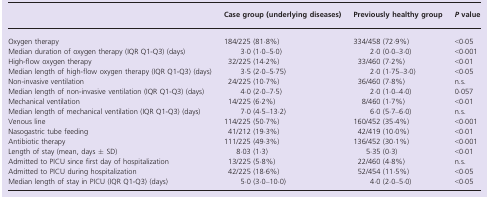
<table><thead><tr><td></td><td><b>Case group (underlying diseases)</b></td><td><b>Previously healthy group</b></td><td><b><i>P</i> value</b></td></tr></thead><tbody><tr><td>Oxygen therapy</td><td>184/225 (81·8%)</td><td>334/458 (72·9%)</td><td>&lt;0·05</td></tr><tr><td>Median duration of oxygen therapy (IQR Q1-Q3) (days)</td><td>3·0 (1·0–5·0)</td><td>2·0 (0·0–3·0)</td><td>&lt;0·001</td></tr><tr><td>High-flow oxygen therapy</td><td>32/225 (14·2%)</td><td>33/460 (7·2%)</td><td>&lt;0·01</td></tr><tr><td>Median length of high-flow oxygen therapy (IQR Q1-Q3) (days)</td><td>3·5 (2·0–5·75)</td><td>2·0 (1·75–3·0)</td><td>&lt;0·05</td></tr><tr><td>Non-invasive ventilation</td><td>24/225 (10·7%)</td><td>36/460 (7·8%)</td><td>n.s.</td></tr><tr><td>Median length of non-invasive ventilation (IQR Q1-Q3) (days)</td><td>4·0 (2·0–7·5)</td><td>2·0 (1·0–4·0)</td><td>0·057</td></tr><tr><td>Mechanical ventilation</td><td>14/225 (6·2%)</td><td>8/460 (1·7%)</td><td>&lt;0·01</td></tr><tr><td>Median length of mechanical ventilation (IQR Q1-Q3) (days)</td><td>7·0 (4·5–13·2)</td><td>6·0 (5·7–6·0)</td><td>n.s.</td></tr><tr><td>Venous line</td><td>114/225 (50·7%)</td><td>160/452 (35·4%)</td><td>&lt;0·001</td></tr><tr><td>Nasogastric tube feeding</td><td>41/212 (19·3%)</td><td>42/419 (10·0%)</td><td>&lt;0·01</td></tr><tr><td>Antibiotic therapy</td><td>111/225 (49·3%)</td><td>136/452 (30·1%)</td><td>&lt;0·001</td></tr><tr><td>Length of stay (mean, days ± SD)</td><td>8·03 (1·3)</td><td>5·35 (0·3)</td><td>&lt;0·01</td></tr><tr><td>Admitted to PICU since first day of hospitalization</td><td>13/225 (5·8%)</td><td>22/460 (4·8%)</td><td>n.s.</td></tr><tr><td>Admitted to PICU during hospitalization</td><td>42/225 (18·6%)</td><td>52/454 (11·5%)</td><td>&lt;0·05</td></tr><tr><td>Median length of stay in PICU (IQR Q1-Q3) (days)</td><td>5·0 (3·0–10·0)</td><td>4·0 (2·0–5·0)</td><td>&lt;0·05</td></tr></tbody></table>